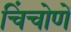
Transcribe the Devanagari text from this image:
चिंचोणें